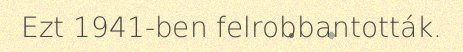
Ezt 1941-ben felrobbantották.